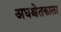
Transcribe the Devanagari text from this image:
अधश्चेतकाला